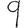
Digit: 9